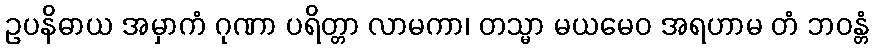
ဥပနိဓာယ အမှာကံ ဂုဏာ ပရိတ္တာ လာမကာ၊ တသ္မာ မယမေဝ အရဟာမ တံ ဘဝန္တံ